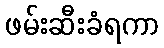
ဖမ်းဆီးခံရကာ